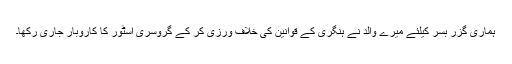
ہماری گزر بسر کیلئے میرے والد نے ہنگری کے قوانین کی خلاف ورزی کر کے گروسری اسٹور کا کاروبار جاری رکھا۔